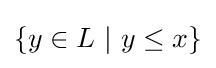
\{y\in L~|~y\leq x\}\,\!